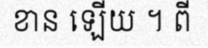
ខាន ឡើយ ។ ពី